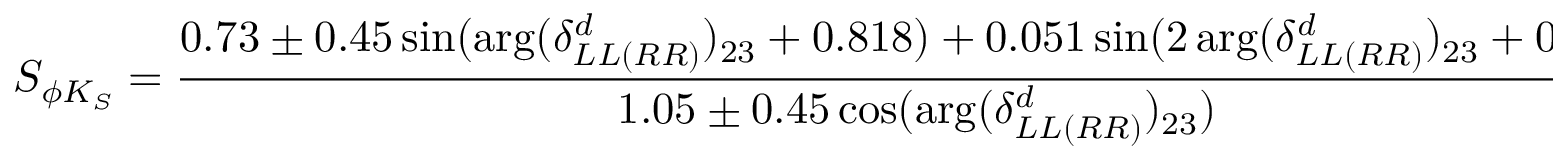
S _ { \phi K _ { S } } = \frac { 0 . 7 3 \pm 0 . 4 5 \sin ( \arg ( \delta _ { L L ( R R ) } ^ { d } ) _ { 2 3 } + 0 . 8 1 8 ) + 0 . 0 5 1 \sin ( 2 \arg ( \delta _ { L L ( R R ) } ^ { d } ) _ { 2 3 } + 0 . 8 1 8 ) } { 1 . 0 5 \pm 0 . 4 5 \cos ( \arg ( \delta _ { L L ( R R ) } ^ { d } ) _ { 2 3 } ) }